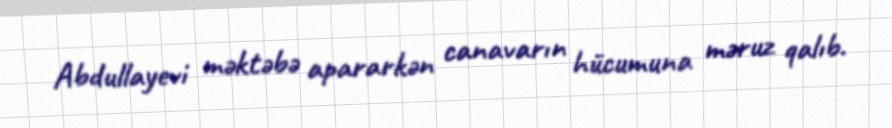
Abdullayevi məktəbə apararkən canavarın hücumuna məruz qalıb.